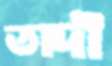
তাদী